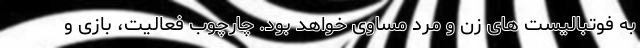
به فوتبالیست های زن و مرد مساوی خواهد بود. چارچوب فعالیت، بازی و